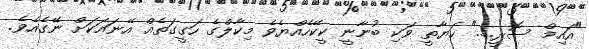
"އައިމް ސޮރީ...." ހަޔާތީ ވަކި ބުނާނީ ކީކޭހެއްޔެވެ މިކާލްގެ ހަގީގަތެއް އޭނައަކަށް ނޭގެއެވެ.